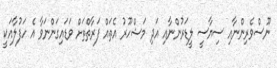
ނޫސްވެރިންނާއި ސިޔާސީ ލީޑަރުންނާއި އަދި މަޝްހޫރު އެތައް ފަަރާތްތަށް ވަޑައިގަންނަވާ އެ ހަފުލާއަކީ